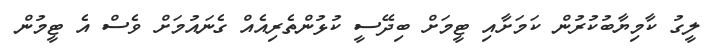
ލީގު ކާމިޔާބުކުރުން ކަމަށާއި ޓީމަށް ބިދޭސީ ކުޅުންތެރިއެއް ގެނައުމަށް ވެސް އެ ޓީމުން